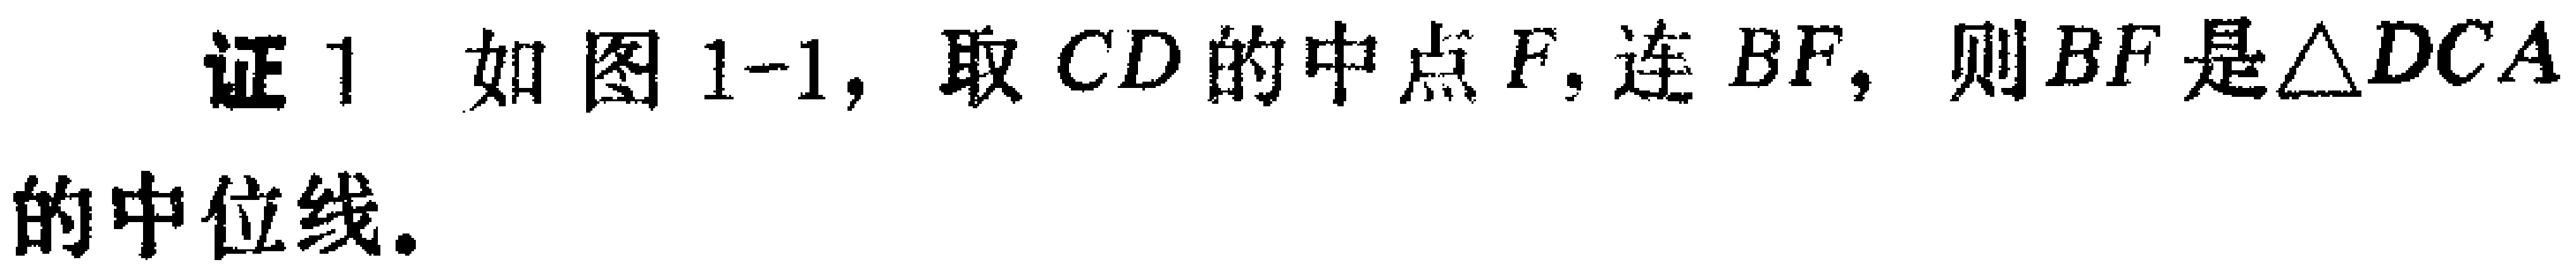
证1. 如图1-1, 取 \(CD\)的中点\(F\), 连\(BF\), 则\(BF\)是\(\triangle DCA\)的中位线.